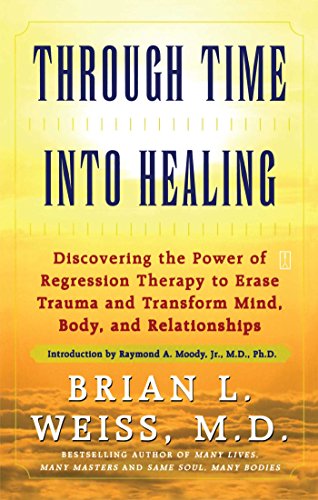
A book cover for Through Time Into Healing: Discovering the Power of Regression Therapy to Erase Trauma and Transform Mind, Body and Relationships; Brian L. Weiss; Religion & Spirituality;